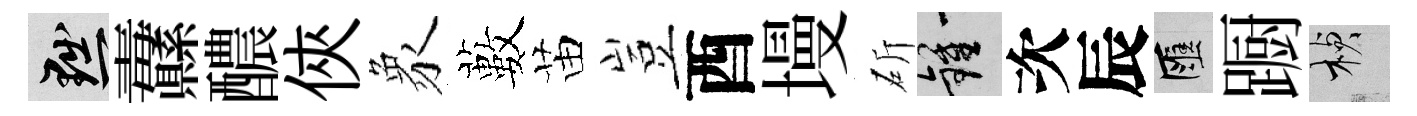
黜纛醲俠象藪苗豈酉墁斫鍾次辰匯蹰楨